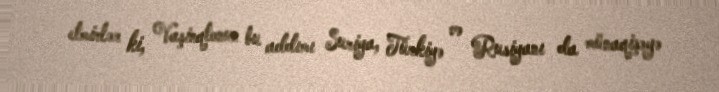
etmirlər ki, Vaşinqtonun bu addımı Suriya, Türkiyə və Rusiyanı da münaqişəyə